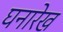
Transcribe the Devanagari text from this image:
घनारेख